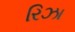
રિઝા